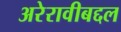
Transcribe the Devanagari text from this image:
अरेरावीबद्दल